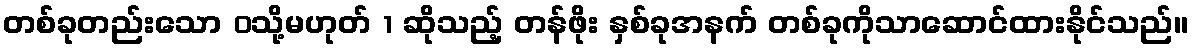
တစ်ခုတည်းသော 0သို့မဟုတ် 1 ဆိုသည့် တန်ဖိုး နှစ်ခုအနက် တစ်ခုကိုသာဆောင်ထားနိုင်သည်။